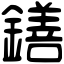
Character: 鐥